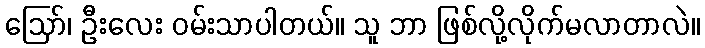
ဪ၊ ဦးလေး ဝမ်းသာပါတယ်။ သူ ဘာ ဖြစ်လို့လိုက်မလာတာလဲ။